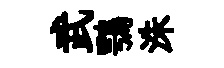
武鶚洙